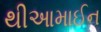
થીઆમાઈન